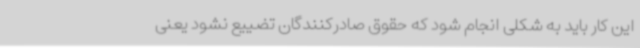
این کار باید به شکلی انجام شود که حقوق صادرکنندگان تضییع نشود یعنی